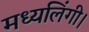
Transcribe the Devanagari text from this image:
मध्यलिंगी।